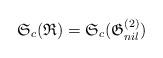
LaTeX: \begin{align*}\mathfrak{S}_c(\mathfrak R)=\mathfrak{S}_c(\mathfrak{G}_{nil}^{(2)}) \end{align*}